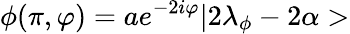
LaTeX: \phi(\pi,\varphi)=ae^{-2i\varphi}|2\lambda_{\phi}-2\alpha>